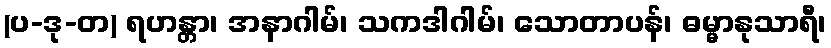
(ပ-ဒု-တ) ရဟန္တာ၊ အနာဂါမ်၊ သကဒါဂါမ်၊ သောတာပန်၊ ဓမ္မာနုသာရီ၊